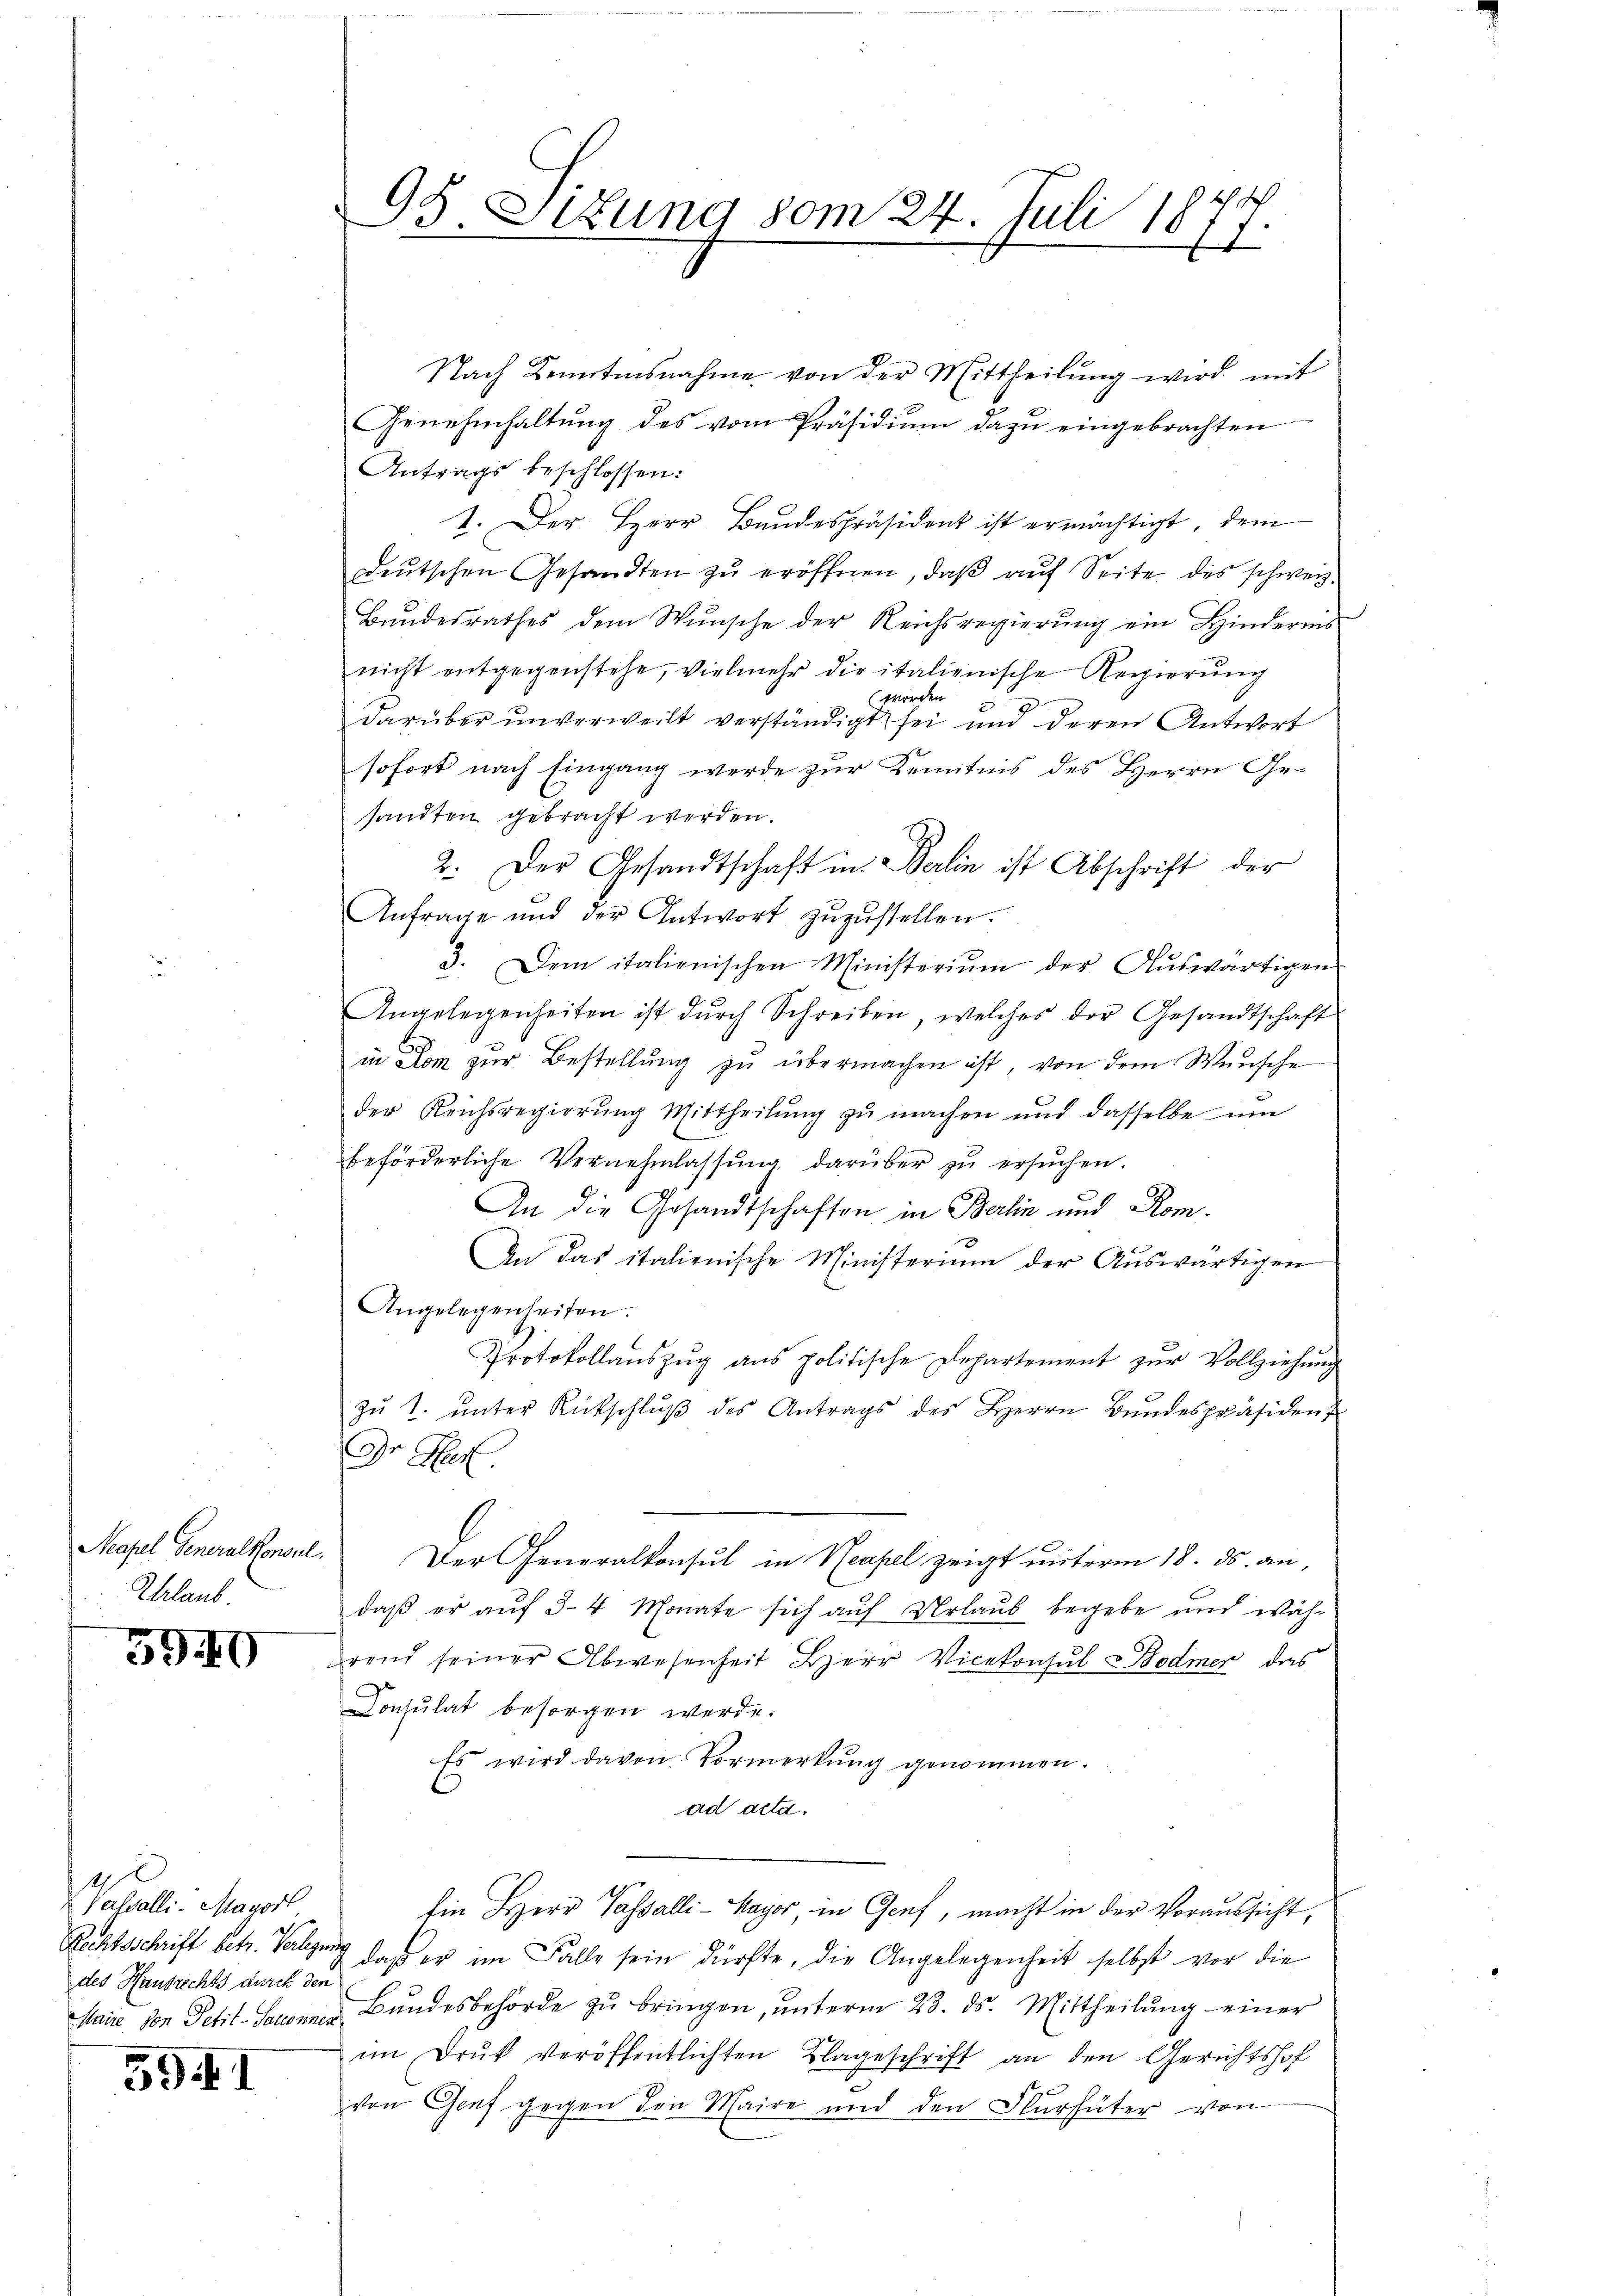
Neapel Generalkonsul
Ehrlaub.

5940

Vasalli. Mayorl
des Hausrechts durch den

594I

95 Sizung vom 24. Juli 1877.

Nach Kenntnisnahme von der Mittheilŭng wird mit
Genehmhaltŭng des vom Präsidiŭm dazŭ eingebrachten
Antrags beschlossen:
I. Der Herr Bandespräsident ist ermächtigt, dem
deŭtschen Gesandten zŭ eröffnen, daβ aŭf Seite des schweiz.
Bundesrathes dem Wunsche der Reichsregierung ein Hindernis
nicht entgegenstehe, vielmehr die italienische Regierŭng
worden
darüber unverweilt verständigt sei und deren Antwort
sofort nach Eingang werde zur Kenntnis des Herrn Gesandten gebracht werden.
2. Der Gesandtschaft in Berlin ist Abschrift der
Anfrage und der Antwort zŭzŭstellen.
3. Dem italienischen Ministerium der Aŭswärtigen
Angelegenheiten ist dŭrch Schreiben, welches der Gesandtschaft
in Dom zur Bestellung zu übermachen ist, von dem Wunsche
der Reichsregierung Mittheilung zu machen und dasselbe um
beförderliche Vernehmlassŭng darüber zŭ ersŭchen.
An die Gesandtschaften in Berlin und Rom.
An das italienische Ministerium der Auswärtigen
Angelegenheiten.
Protokollaŭszŭg ans politische Departement zur Vollziehung
zŭ T. ŭnter Rückschlŭβ des Antrags des Herrn Bŭndespräsident
Dr. Rect.
Der Generalkonsul in Neapel zeigt unterm 18. ds. an,
daß er aŭf 3-4 Monate sich auf Urlaub begebe und während seiner Abwesenheit Herr Vicekonsul Bodmer das
Consulat besorgen werde.
Es wird davon Vormerkung genommen.
ad acta.
Ein Herr Passalli-Major in Genf, macht in der Voraussicht,
Rechtsschrift betr. Verlegung das er Falle sein dürfte, die Angelegenheit selbst vor die
Maire von Petit-Sauerner Bundesbehörde zŭ bringen, ŭnterm 23. ds. Mittheilŭng einer
im Druk veröffentlichten Klageschrift an den Gerichtshof
von Genf gegen den Maire und den Flurhüter von